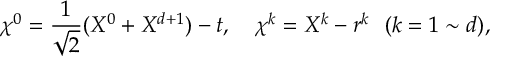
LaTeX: \chi ^ { 0 } = \frac { 1 } { \sqrt { 2 } } ( X ^ { 0 } + X ^ { d + 1 } ) - t , ~ ~ ~ \chi ^ { k } = X ^ { k } - r ^ { k } ~ ~ ( k = 1 \sim d ) ,